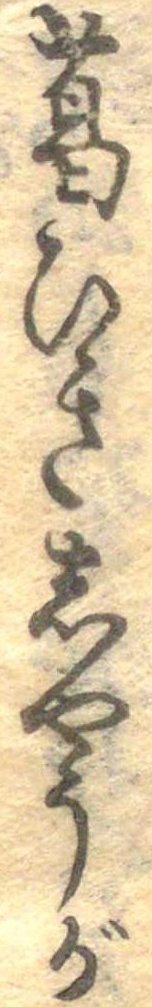
葛ひきしやうが